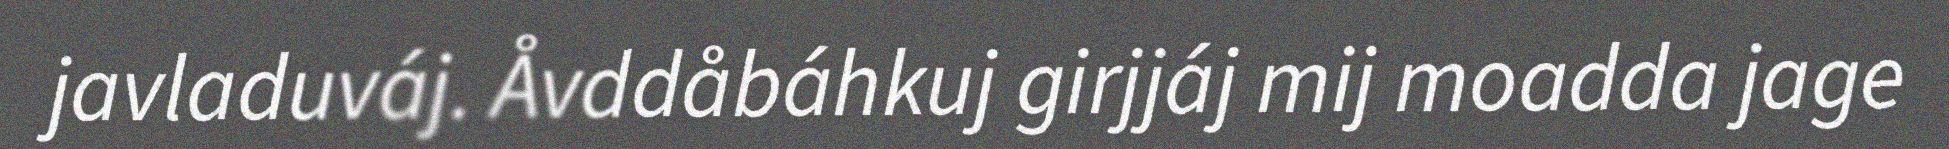
javladuváj. Åvddåbáhkuj girjjáj mij moadda jage